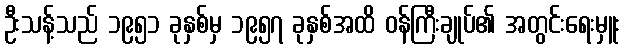
ဦးသန့်သည် ၁၉၅၁ ခုနှစ်မှ ၁၉၅၇ ခုနှစ်အထိ ဝန်ကြီးချုပ်၏ အတွင်းရေးမှူး